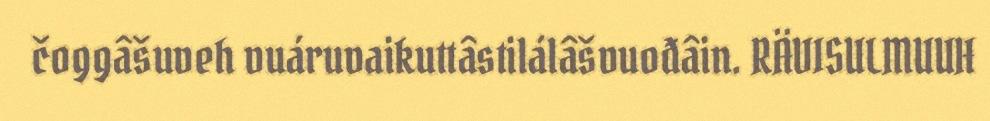
čoggâšuveh vuáruvaikuttâstilálâšvuođâin. RÄVISULMUUH